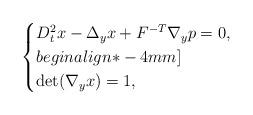
LaTeX: \begin{align*}\begin{cases}D_t^2x - \Delta_y x + F^{-T}\nabla_y p = 0,\\begin{align*}-4mm]\\\det(\nabla_y x) = 1,\end{cases}\end{align*}